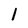
Character: 1